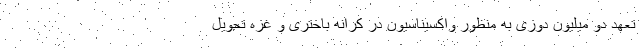
تعهد دو میلیون دوزی به منظور واکسیناسیون در کرانه باختری و غزه تحویل